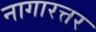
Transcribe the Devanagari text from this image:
नागारत्तर